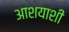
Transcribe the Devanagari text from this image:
आशयाशी